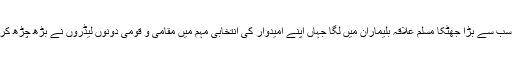
کانگریس کو سب سے بڑا جھٹکا مسلم علاقہ بلیماران میں لگا جہاں اپنے امیدوار کی انتخابی مہم میں مقامی و قومی دونوں لیڈروں نے بڑھ چڑھ کر حصہ لیا تھا۔